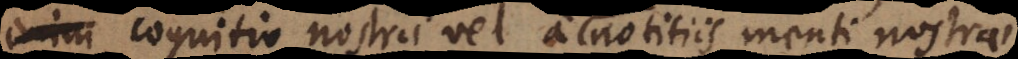
cognitio nostra vel a notitiis menti nostrae